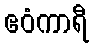
ဧဝံကာရီ